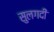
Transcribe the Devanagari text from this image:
सुलगदी